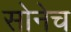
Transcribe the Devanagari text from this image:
सोनेच